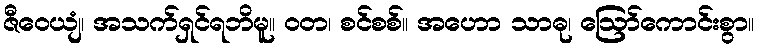
ဇီဝေယျံ၊ အသက်ရှင်ရဘိမူ။ ဝတ၊ စင်စစ်။ အဟော သာဓု၊ ဩော်ကောင်းစွာ။